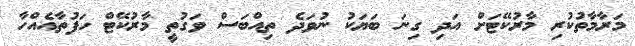
މަރާމާތުކުރި މާރުކޭޓަށް އަދި ގިނަ ބަޔަކު ނުވަދެ ތިއްބަސް ވަގުތީ މާރުކޭޓް ހަފުތާއެއްހާ